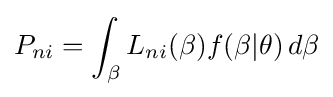
P_{ni}=\int _{\beta }L_{ni}(\beta )f(\beta |\theta )\,d\beta